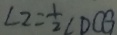
\angle 2 = \frac { 1 } { 2 } \angle D C G